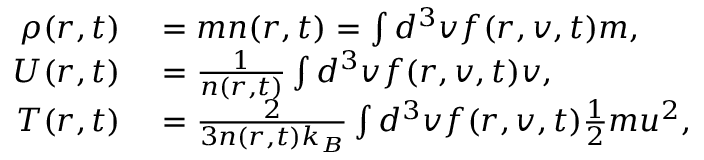
\begin{array} { r l } { \rho ( \boldsymbol { r } , t ) } & { { } = m n ( \boldsymbol { r } , t ) = \int d ^ { 3 } v f ( \boldsymbol { r } , \boldsymbol { v } , t ) m , } \\ { \boldsymbol { U } ( \boldsymbol { r } , t ) } & { { } = \frac { 1 } { n ( \boldsymbol { r } , t ) } \int d ^ { 3 } v f ( \boldsymbol { r } , \boldsymbol { v } , t ) \boldsymbol { v } , } \\ { T ( \boldsymbol { r } , t ) } & { { } = \frac { 2 } { 3 n ( \boldsymbol { r } , t ) k _ { B } } \int d ^ { 3 } v f ( \boldsymbol { r } , \boldsymbol { v } , t ) \frac { 1 } { 2 } m \boldsymbol { u } ^ { 2 } , } \end{array}